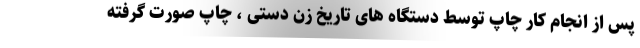
پس از انجام کار چاپ توسط دستگاه های تاریخ زن دستی ، چاپ صورت گرفته